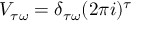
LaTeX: V _ { \tau \omega } = \delta _ { \tau \omega } ( 2 \pi i ) ^ { \tau }